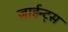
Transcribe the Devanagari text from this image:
जाईन्ट्स